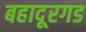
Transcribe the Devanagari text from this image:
बहादूरगड